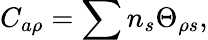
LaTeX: C_{a\rho}=\sum n_{s}\Theta_{\rho s},